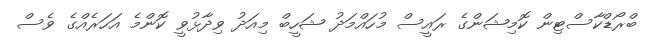
ބްރޯޑްކާސްޓިން ކޮމިޝަންގެ ރައީސް މުހައްމަދު ޝަހީބް މިއަދު ވިދާޅުވީ ކޮންމެ އަހަރެއްގެ ވެސް